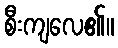
စီးကျလေ၏။